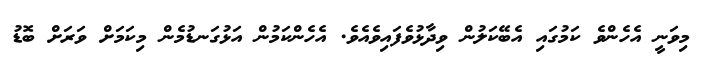
މިވަނީ އެހެންވެ ކަމުގައި އެބޭކަލުން ވިދާޅުވެފައިވެއެވެ. އެހެންކަމުން އަޅުގަނޑުމެން މިކަމަށް ވަރަށް ބޮޑު